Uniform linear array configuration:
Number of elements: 48
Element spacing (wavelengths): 0.25
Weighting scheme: exponential
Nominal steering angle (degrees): -30
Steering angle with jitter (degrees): -31.055
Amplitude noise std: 0.05
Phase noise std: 0.05

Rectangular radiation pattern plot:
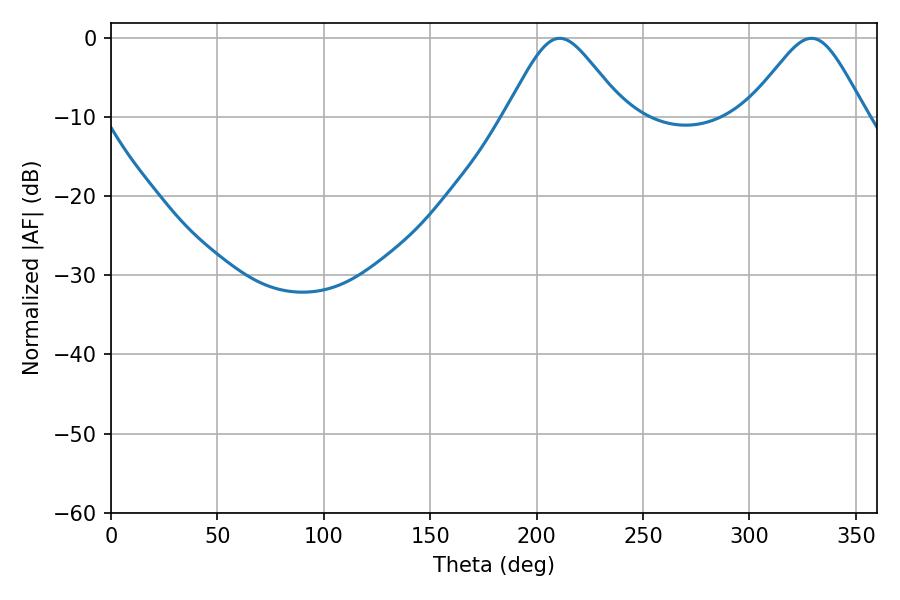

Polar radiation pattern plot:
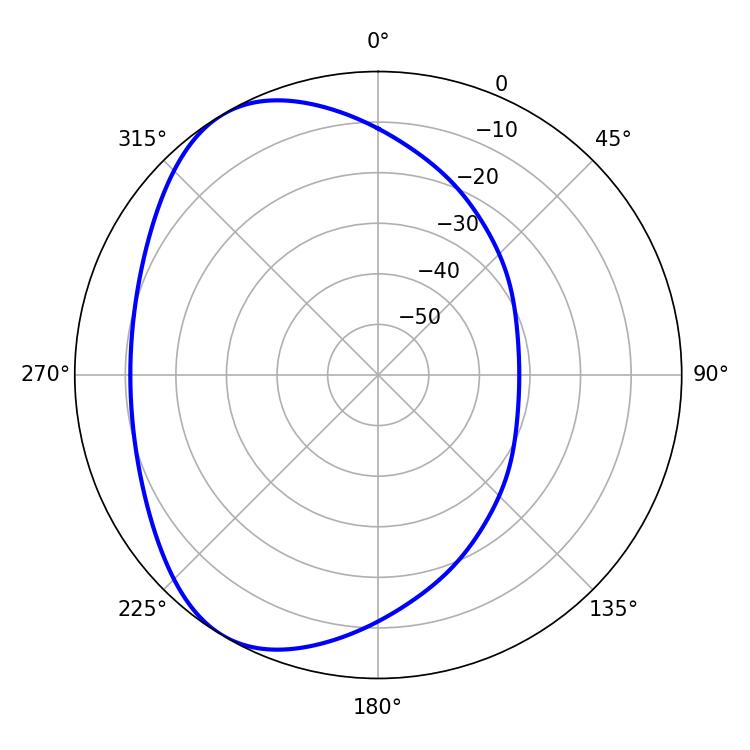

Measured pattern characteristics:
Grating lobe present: FALSE
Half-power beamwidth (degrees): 27.18
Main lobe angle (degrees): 210.78